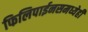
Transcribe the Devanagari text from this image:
फिलिपाईनसमध्येही